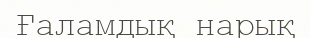
Ғаламдық нарық